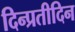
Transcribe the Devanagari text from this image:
दिन्प्रतीदिन